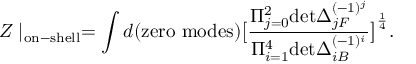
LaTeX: Z \mid _ { \mathrm { o n - s h e l l } } = \int d ( \mathrm { z e r o ~ m o d e s } ) \big [ { \frac { \Pi _ { j = 0 } ^ { 2 } \mathrm { d e t } \Delta _ { j F } ^ { ( - 1 ) ^ { j } } } { \Pi _ { i = 1 } ^ { 4 } \mathrm { d e t } \Delta _ { i B } ^ { ( - 1 ) ^ { i } } } } \big ] ^ { \frac { 1 } { 4 } } .